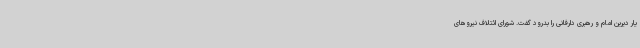
یار دیرین امام و رهبری دارفانی را بدرود گفت. شورای ائتلاف نیروهای